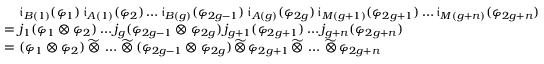
\begin{array} { r l } & { \mathfrak { i } _ { B ( 1 ) } ( \varphi _ { 1 } ) \, \mathfrak { i } _ { A ( 1 ) } ( \varphi _ { 2 } ) \ldots \mathfrak { i } _ { B ( g ) } ( \varphi _ { 2 g - 1 } ) \, \mathfrak { i } _ { A ( g ) } ( \varphi _ { 2 g } ) \, \mathfrak { i } _ { M ( g + 1 ) } ( \varphi _ { 2 g + 1 } ) \ldots \mathfrak { i } _ { M ( g + n ) } ( \varphi _ { 2 g + n } ) } \\ { = \! \! \! \! } & { j _ { 1 } ( \varphi _ { 1 } \otimes \varphi _ { 2 } ) \ldots j _ { g } ( \varphi _ { 2 g - 1 } \otimes \varphi _ { 2 g } ) \, j _ { g + 1 } ( \varphi _ { 2 g + 1 } ) \ldots j _ { g + n } ( \varphi _ { 2 g + n } ) } \\ { = \! \! \! \! } & { ( \varphi _ { 1 } \otimes \varphi _ { 2 } ) \, \widetilde { \otimes } \, \ldots \, \widetilde { \otimes } \, ( \varphi _ { 2 g - 1 } \otimes \varphi _ { 2 g } ) \, \widetilde { \otimes } \, \varphi _ { 2 g + 1 } \, \widetilde { \otimes } \, \ldots \, \widetilde { \otimes } \, \varphi _ { 2 g + n } } \end{array}